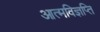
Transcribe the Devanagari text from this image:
आत्मविज्ञप्ति